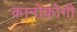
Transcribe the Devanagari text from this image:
कानोकोगी